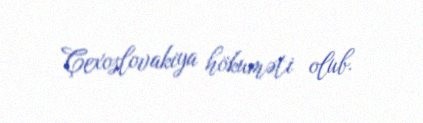
Çexoslovakiya hökuməti olub.